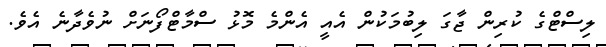
ލިސްޓްގެ ކުރިން ޖާގަ ލިބުމަކުން އެއީ އެންމެ މޮޅު ސްމާޓްފޯނަށް ނުވެދާނެ އެވެ.